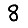
Digit: 8